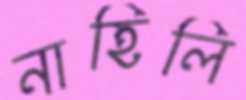
নাহিলি